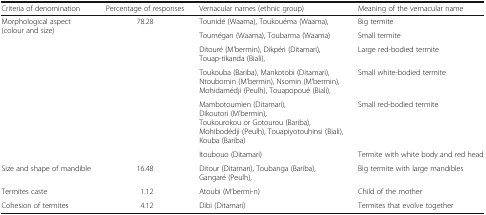
<table><thead><tr><td><b>Criteria of denomination</b></td><td><b>Percentage of responses</b></td><td><b>Vernacular names (ethnic group)</b></td><td><b>Meaning of the vernacular name</b></td></tr></thead><tbody><tr><td rowspan="6">Morphological aspect (colour and size)</td><td rowspan="6">78.28</td><td>Tounidé (Waama), Toukouéma (Waama),</td><td>Big termite</td></tr><tr><td>Toumégan (Waama), Toubarma (Waama)</td><td>Small termite</td></tr><tr><td>Ditouré (M’bermin), Dikpéri (Ditamari), Touap-tikanda (Biali),</td><td>Large red-bodied termite</td></tr><tr><td>Toukouba (Bariba), Mankotobi (Ditamari), Ntoubomin (M’bermin), Nsomin (M’bermin), Mohidamédji (Peulh), Touapopoué (Biali),</td><td>Small white-bodied termite</td></tr><tr><td>Mambotoumien (Ditamari), Dikoutori (M’bermin), Toukourokou or Gotourou (Bariba), Mohibodédji (Peulh), Touapiyotouhinsi (Biali), Kouba (Bariba)</td><td>Small red-bodied termite</td></tr><tr><td>Itoubouo (Ditamari)</td><td>Termite with white body and red head</td></tr><tr><td>Size and shape of mandible</td><td>16.48</td><td>Ditour (Ditamari), Toubanga (Bariba), Gangaré (Peulh),</td><td>Big termite with large mandibles</td></tr><tr><td>Termites caste</td><td>1.12</td><td>Atoubi (M’bermi-n)</td><td>Child of the mother</td></tr><tr><td>Cohesion of termites</td><td>4.12</td><td>Dibi (Ditamari)</td><td>Termites that evolve together</td></tr></tbody></table>